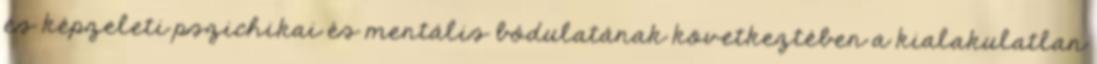
és képzeleti pszichikai és mentális bódulatának következtében a kialakulatlan